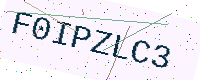
Text: F0IPZLC3